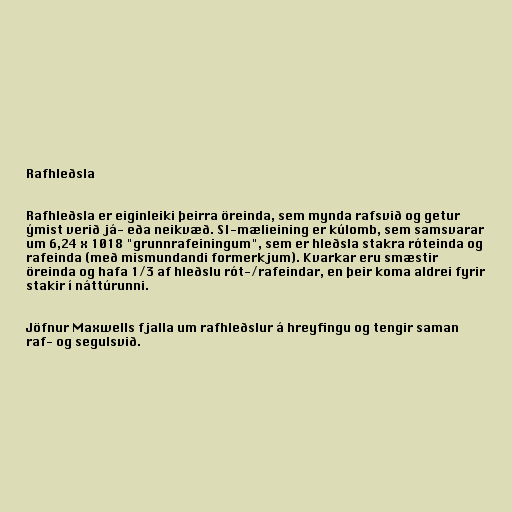
Rafhleðsla

Rafhleðsla er eiginleiki þeirra öreinda, sem mynda rafsvið og getur
ýmist verið já- eða neikvæð. SI-mælieining er kúlomb, sem samsvarar
um 6,24 x 1018 "grunnrafeiningum", sem er hleðsla stakra róteinda og
rafeinda (með mismundandi formerkjum). Kvarkar eru smæstir
öreinda og hafa 1/3 af hleðslu rót-/rafeindar, en þeir koma aldrei fyrir
stakir í náttúrunni.

Jöfnur Maxwells fjalla um rafhleðslur á hreyfingu og tengir saman
raf- og segulsvið.